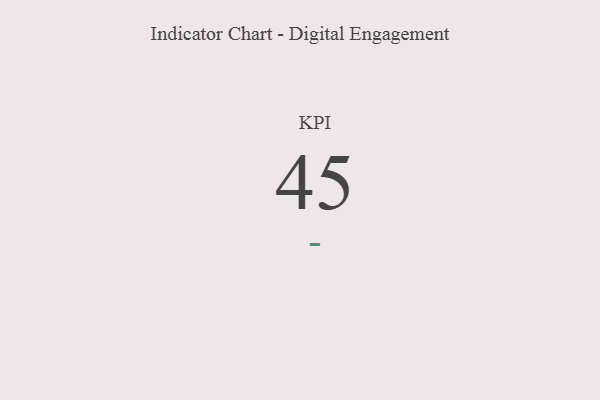
{"axis": {"x": "KPI", "y": "Value"}, "legend": [""], "data": [{"x": "KPI", "y": 45, "type": ""}]}